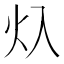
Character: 𱪡